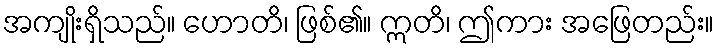
အကျိုးရှိသည်။ ဟောတိ၊ ဖြစ်၏။ ဣတိ၊ ဤကား အဖြေတည်း။